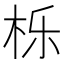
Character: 栎